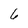
Character: 6